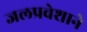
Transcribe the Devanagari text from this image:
जलप्रवेशाने